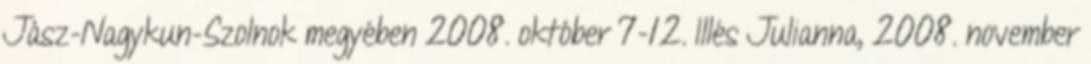
Jász-Nagykun-Szolnok megyében 2008. október 7-12. Illés Julianna, 2008. november